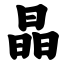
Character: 晶